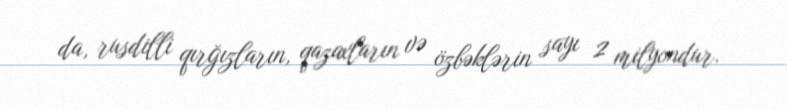
da, rusdilli qırğızların, qazaxların və özbəklərin sayı 2 milyondur.